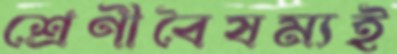
শ্রেণীবৈষম্যই